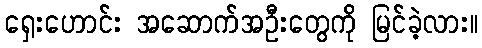
ရှေးဟောင်း အဆောက်အဦးတွေကို မြင်ခဲ့လား။